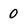
Character: 0